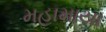
મહામાયા